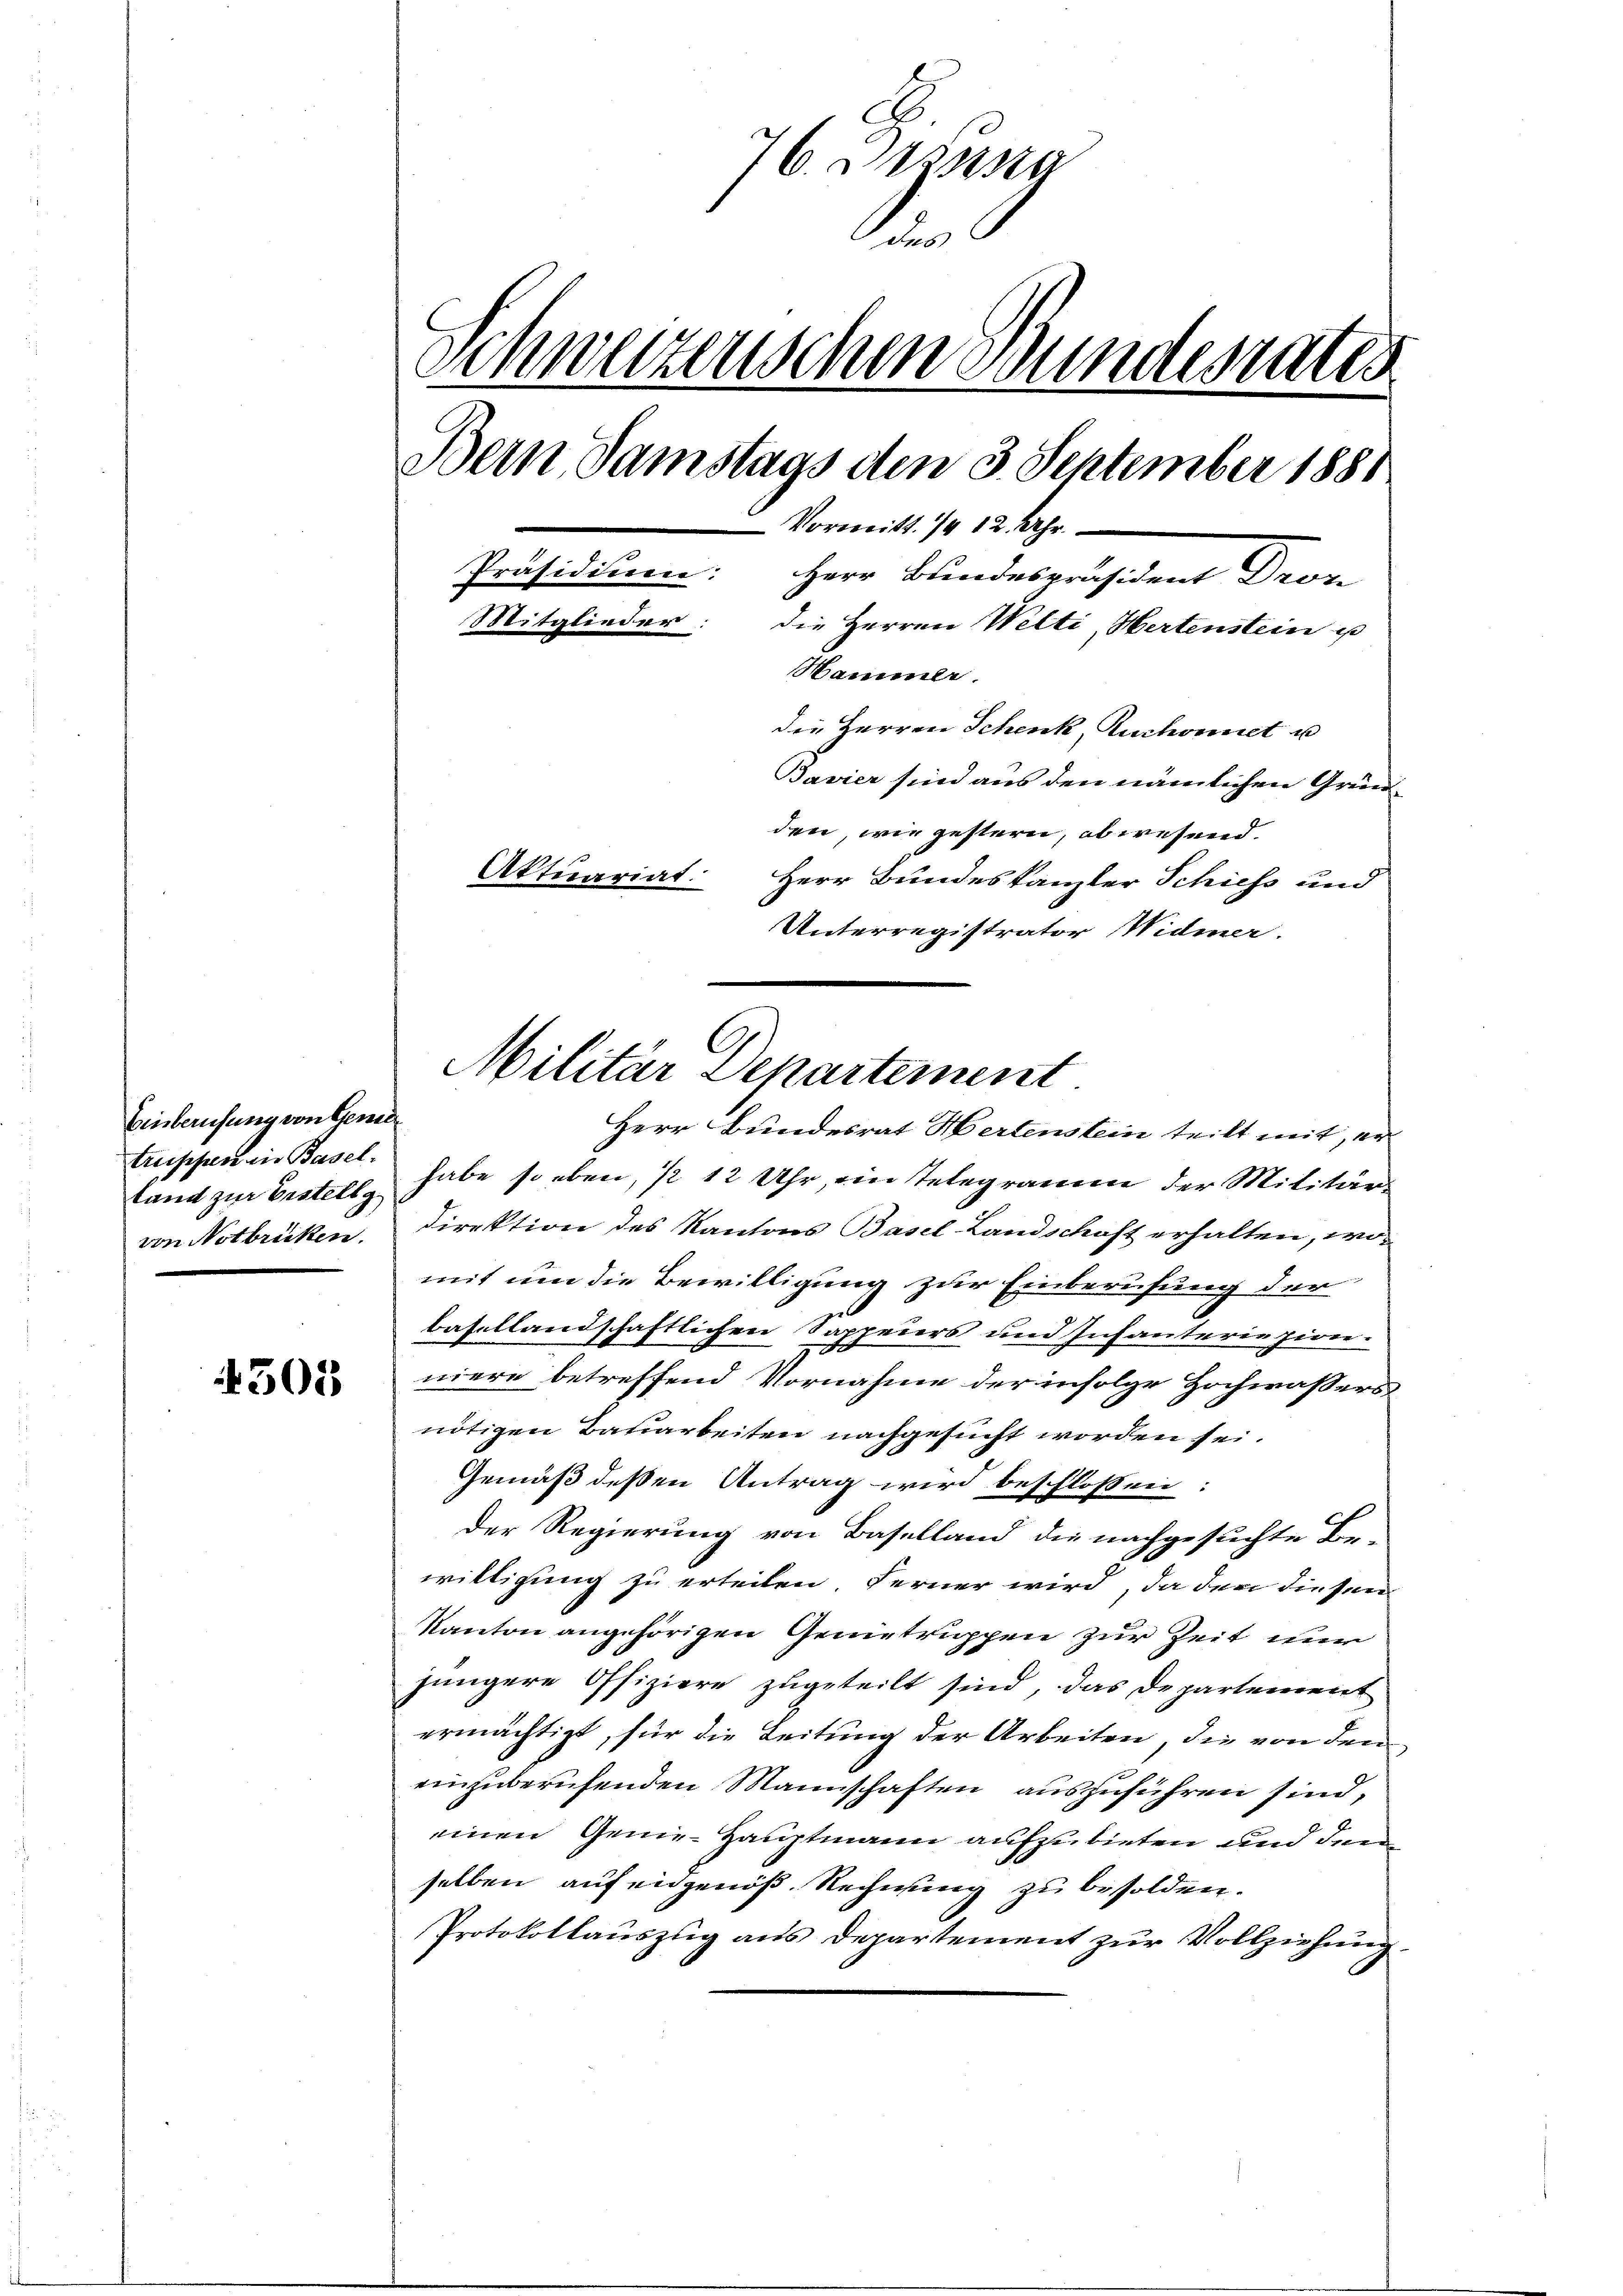
Einberufung von Gemeitand zur Erstellg

4305

76. Dessista
A
Schweizerischen Bundesrates
Bern, Samstags den 3. September 1881
Vormitt. 112. Uhr.
Präsidiuen:
Herr Bundespräsident Dron
Mitglieder: die Herren Welti, Hertenstein p
Sammle
die Herren Schenk, Ruchornet u
Bavier sind aus den nämlichen Gründen, wie gestern, abwesend.
Aktuariat. Herr Bundeskanzler Schiess und
Unterregistrator Widmer.

Herr Bundesrat Hertenstein teilt mit, er
truppen in Basel habe so eben, ½ 12 Uhr, ein Telegramm der Militärvon Notbrüken. Direktion des Kantons Basel-Landschaft erhalten, wo-
mit um die Bewilligung zur Einberufung der
basellandschaftlichen Sappeurs und Infanterie zion.
niere betreffend Vornahme der infolge Hochwassers
nötigen Bauarbeiten nachgesucht worden sei.
Gemäß deßen Antrag wird beschlossen:
Der Regierung von Baselland die nachgesuchte Be-
willigung zu erteilen. Ferner wird, da der diesen
Kanton angehörigen Genietruppen zur Zeit nur
jüngere Offiziere zugeteilt sind, das Departement
ermächtigt, für die Zeitung der Arbeiten, die von den
einzuberufenden Mannschaften auszuführen sind,
einen Genie-Hauptmann aufzubieten und dem
selben auf eidgenöß. Rechnung zu besolden.
Protokollauszug aus Departement zur Vollziehung.

Militär Departement